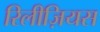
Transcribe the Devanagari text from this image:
रिलीज़ियस